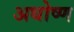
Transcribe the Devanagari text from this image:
अधोष्ण